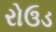
રોઉડ